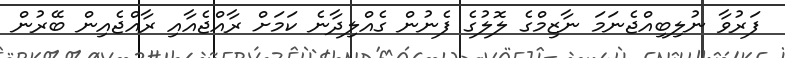
ފަރުވާ ނުލިބިއްޖެނަމަ ނާޒިމްގެ ލޮލުގެ ފެނުން ގެއްލިދާނެ ކަމަށް ރާއްޖެއާއި ރާއްޖެއިން ބޭރުން